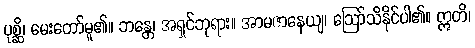
ပုစ္ဆိ၊ မေးတော်မူ၏။ ဘန္တေ၊ အရှင်ဘုရား။ အာမဇာနေယျ၊ ဩော်သိနိုင်ပါ၏။ ဣတိ၊